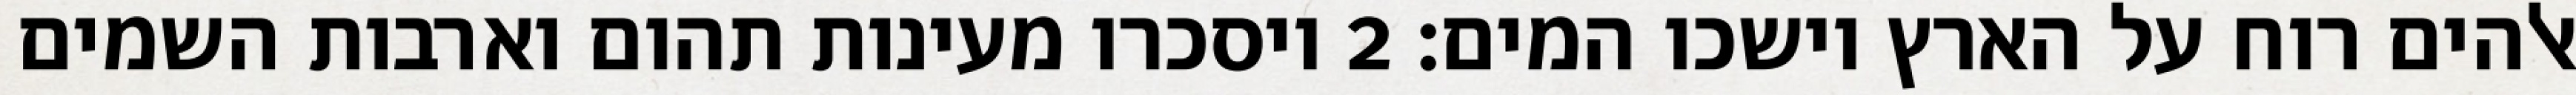
אלהים רוח על הארץ וישכו המים׃ ‎2‏ ויסכרו מעינות תהום וארבות השמים